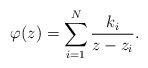
LaTeX: \begin{align*} \varphi(z) = \sum_{i=1}^N \frac{k_i}{z-z_i}.\end{align*}